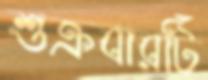
শুক্রবারটি